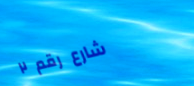
شارع رقم ٢